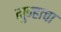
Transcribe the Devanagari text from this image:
गुन्हाचा